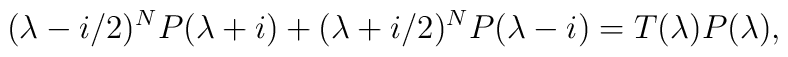
(\lambda-i/2)^N P(\lambda+i) +  (\lambda+i/2)^N P(\lambda-i) = T(\lambda) P(\lambda),